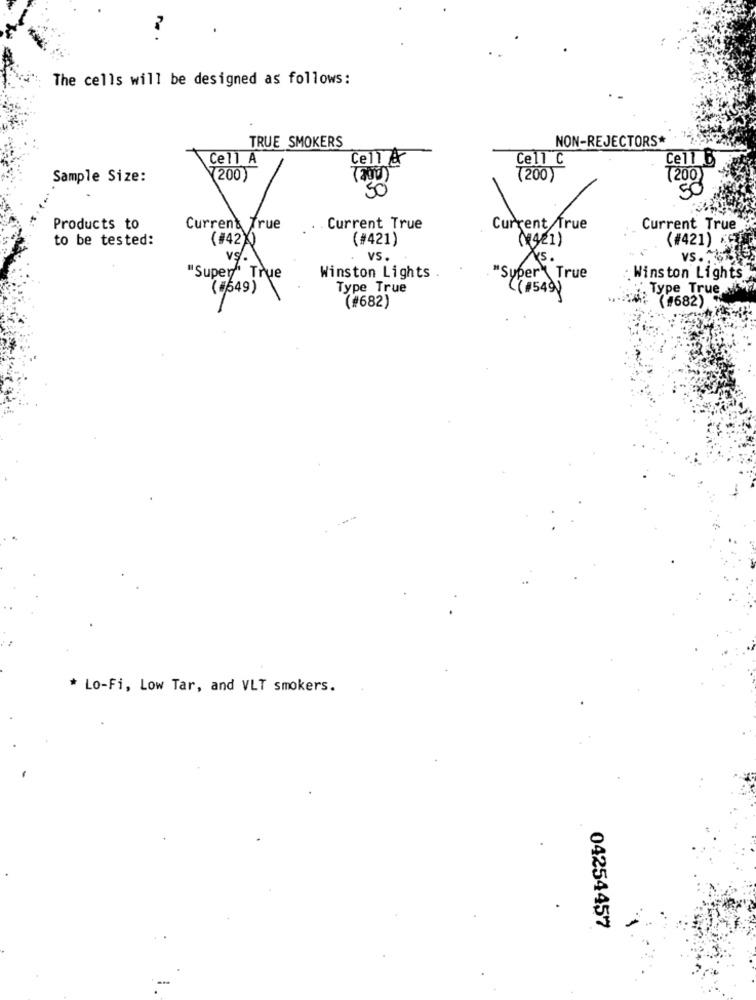
The cells will be designed as follows:
TRUE SMOKERS
NON-REJECTORS*
Ce11 A
Cell &
Ce11 C
Ce11 B
Sample Size:
(200
(200)
(200
50
Products to
Current True
Current True
to be tested:
(#42X)
(#421)
content
(¥(421)
(#421)
vS.
VS.
VS. *** VE
"Super" True
Winston Lights
"Super' True
Winston Lights
(#649)
Type True
(#549)
Type True
: (#682)
(#682)
* Lo-Fi, Low Tar, and VLT smokers.
04254457